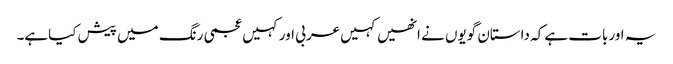
یہ اوربات ہے کہ داستان گویوں نے انھیں کہیں عربی اورکہیں عجمی رنگ میں پیش کیاہے۔